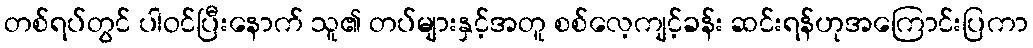
တစ်ရပ်တွင် ပါဝင်ပြီးနောက် သူ၏ တပ်များနှင့်အတူ စစ်လေ့ကျင့်ခန်း ဆင်းရန်ဟုအကြောင်းပြကာ